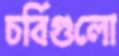
চর্বিগুলো